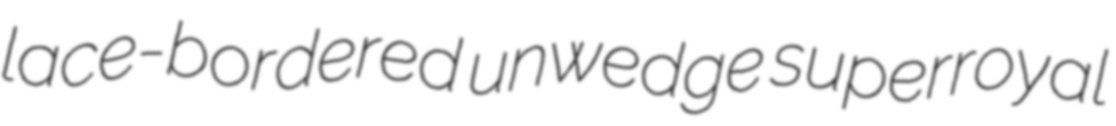
lace-bordered unwedge superroyal